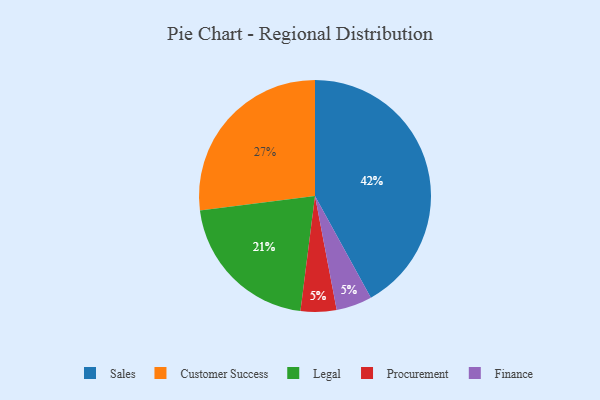
{"axis": {"x": "Category", "y": "Percentage"}, "legend": ["Customer Success", "Finance", "Legal", "Procurement", "Sales"], "data": [{"x": "Procurement", "y": 5, "type": "Procurement"}, {"x": "Legal", "y": 21, "type": "Legal"}, {"x": "Sales", "y": 42, "type": "Sales"}, {"x": "Customer Success", "y": 27, "type": "Customer Success"}, {"x": "Finance", "y": 5, "type": "Finance"}]}